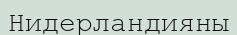
Нидерландияны